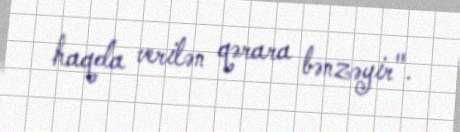
haqda verilən qərara bənzəyir".